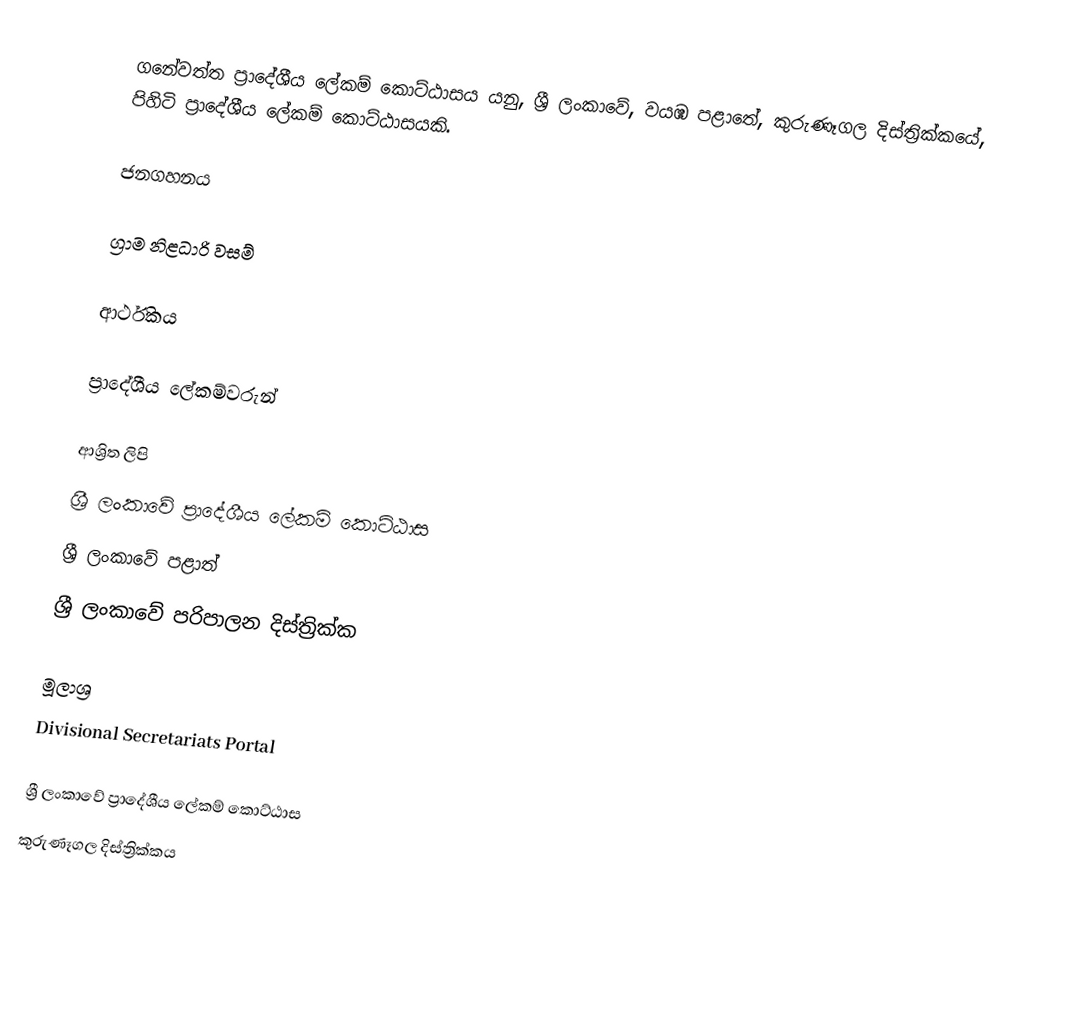
ගනේවත්ත ප්‍රාදේශීය ලේකම් කොට්ඨාසය යනු,  ශ්‍රී ලංකාවේ, වයඹ පළාතේ,   කුරුණෑගල දිස්ත්‍රික්කයේ, පිහිටි ප්‍රාදේශීය ලේකම් කොට්ඨාසයකි.

ජනගහනය

ග්‍රාම නිළධාරි වසම්

ආර්ථිකය

ප්‍රාදේශීය ලේකම්වරුන්

ආශ්‍රිත ලිපි
ශ්‍රී ලංකාවේ ප්‍රාදේශීය ලේකම් කොට්ඨාස
ශ්‍රී ලංකාවේ පළාත්
ශ්‍රී ලංකාවේ පරිපාලන දිස්ත්‍රික්ක

මූලාශ්‍ර
 Divisional Secretariats Portal

ශ්‍රී ලංකාවේ ප්‍රාදේශීය ලේකම් කොට්ඨාස
කුරුණෑගල දිස්ත්‍රික්කය